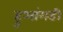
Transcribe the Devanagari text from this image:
हुआंगडी